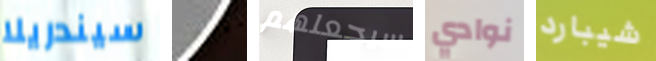
سيندريلا نسمعه سيجعلهم نوادي شيبارد